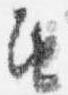
由